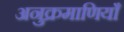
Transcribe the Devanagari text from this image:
अनुक्रमाणियाँ